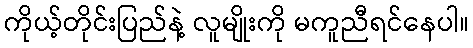
ကိုယ့်တိုင်းပြည်နဲ့ လူမျိုးကို မကူညီရင်နေပါ။